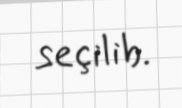
seçilib.